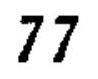
$77$